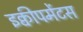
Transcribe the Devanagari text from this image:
इक्वीपमेंटस